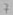
Text: 7